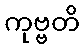
ကုဗ္ဗတိ